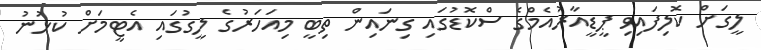
ލީގަށް ކޮލިފައިވި ޕީޑީއާރުއެމްގެ ސްކޮޑުގައި ގިނައިން ތިބީ މިއަހަރުގެ ލީގުގައި އެޓީމަށް ކުޅުނު